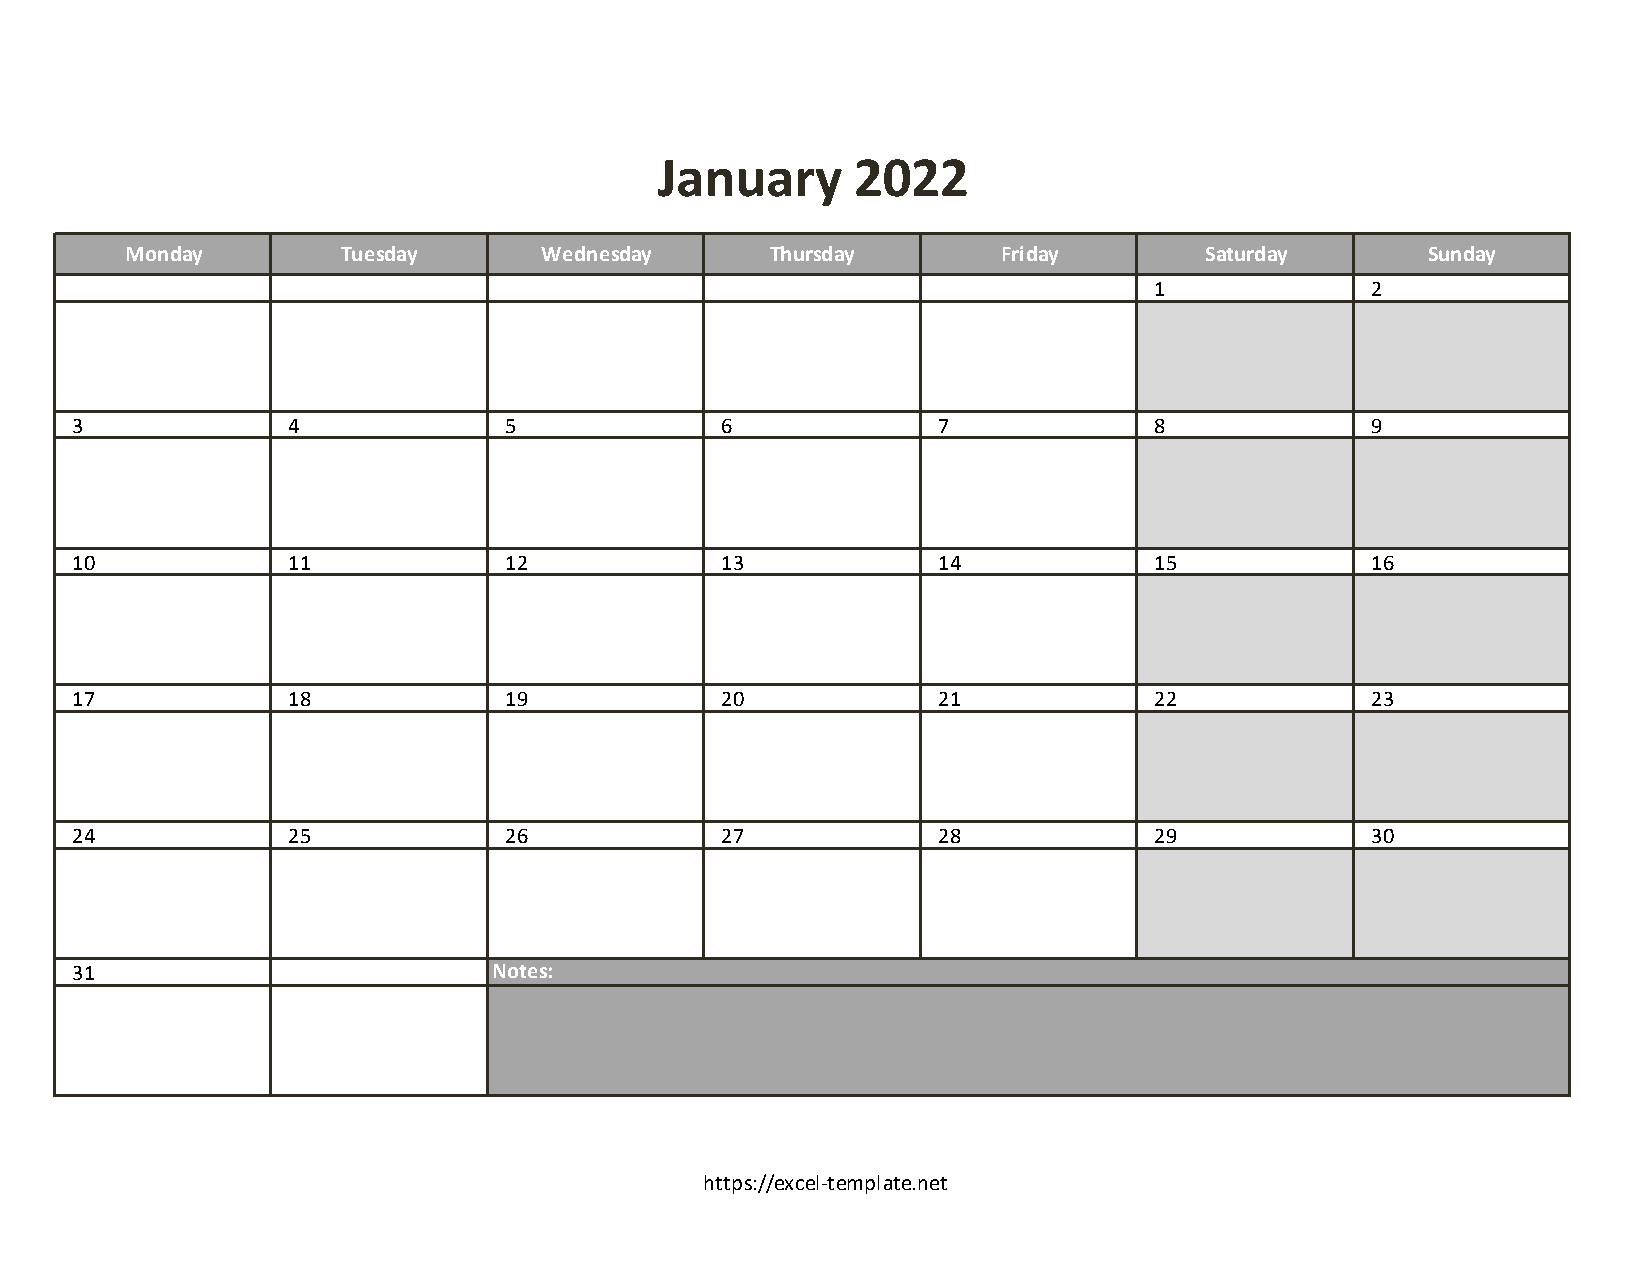
January      2022
 Monday         Tuesday      Wednesday      Thursday       Friday        Saturday      Sunday
 1              2
 3             4             5              6             7             8              9
 10            11            12             13            14            15             16
 17            18            19             20            21            22             23
 24            25            26             27            28            29             30
 31                          Notes:
 https://excel-template.net